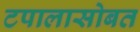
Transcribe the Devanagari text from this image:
टपालासोबत